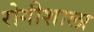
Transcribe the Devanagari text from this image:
रोगीशाला